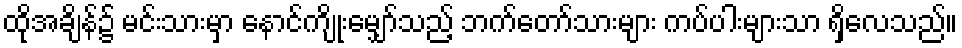
ထိုအချိန်၌ မင်းသားမှာ နောင်ကျိုးမျှော်သည့် ဘက်တော်သားများ ကပ်ပါးများသာ ရှိလေသည်။